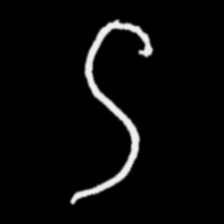
Pyu character \u2014 Myanmar letter: ဌ (romanized: ttha)